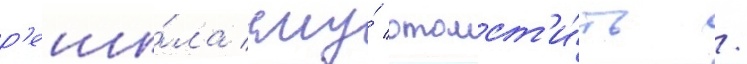
р'еши́ла ему́ отомст'и́ть /